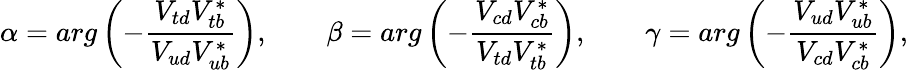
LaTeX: \alpha=arg\left(-\frac{V_{td}V_{tb}^{\ast}}{V_{ud}V_{ub}^{\ast}}\right),\qquad\beta=arg\left(-\frac{V_{cd}V_{cb}^{\ast}}{V_{td}V_{tb}^{\ast}}\right),\qquad\gamma=arg\left(-\frac{V_{ud}V_{ub}^{\ast}}{V_{cd}V_{cb}^{\ast}}\right),